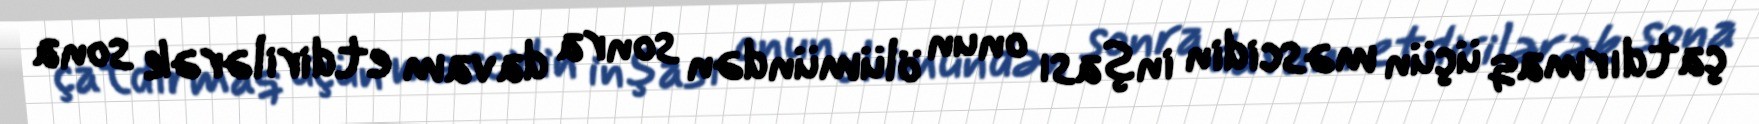
çatdırmaq üçün məscidin inşası onun ölümündən sonra davam etdirilərək sona